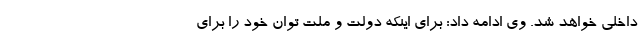
داخلی خواهد شد. وی ادامه داد: برای اینکه دولت و ملت توان خود را برای